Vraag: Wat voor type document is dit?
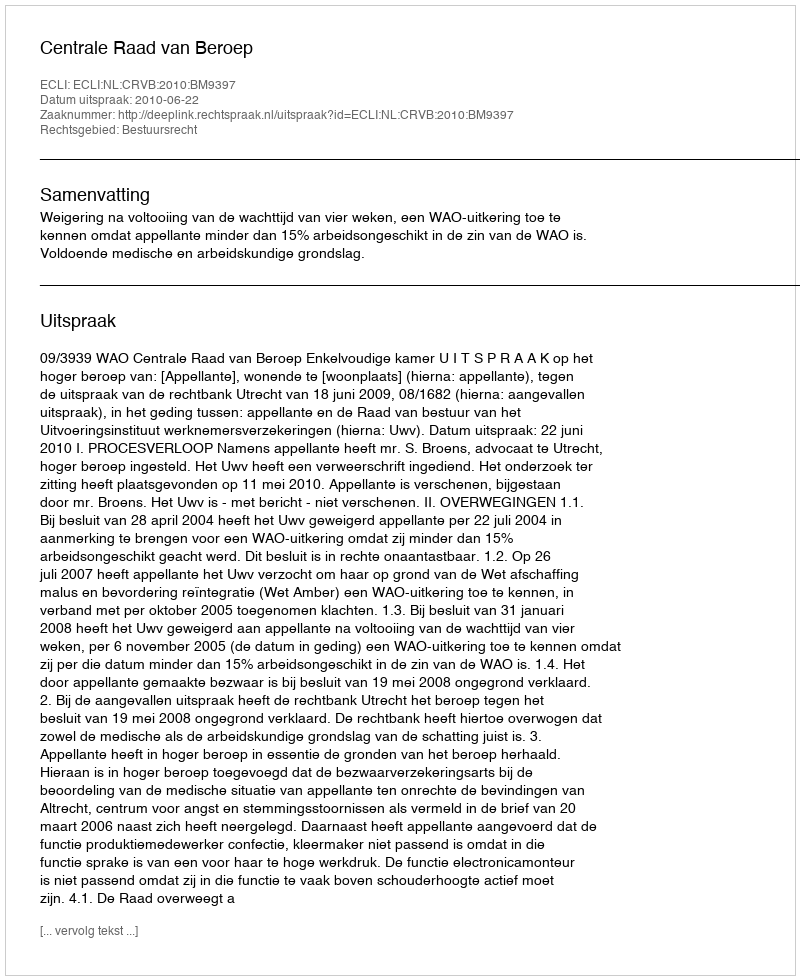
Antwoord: Uitspraak